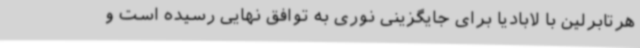
هرتابرلین با لابادیا برای جایگزینی نوری به توافق نهایی رسیده است و